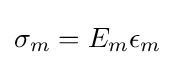
\sigma _{m}=E_{m}\epsilon _{m}